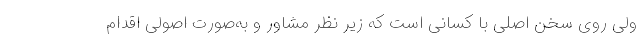
ولی روی سخن اصلی با کسانی است که زیر نظر مشاور و به‌صورت اصولی اقدام